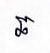
ឆ